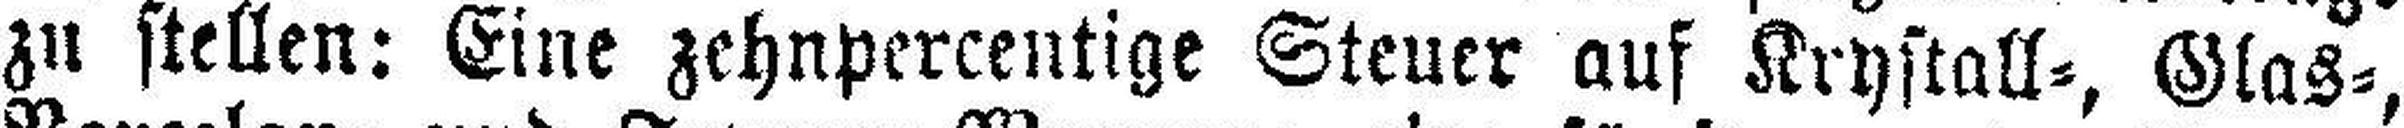
zu stellen: Eine zehnpercentige Steuer auf Krystall=, Glas=,